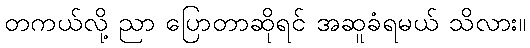
တကယ်လို့ ညာ ပြောတာဆိုရင် အဆူခံရမယ် သိလား။